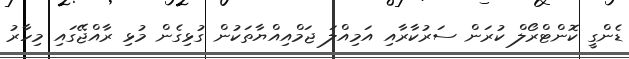
ޑެންގީ ކޮންޓްރޯލް ކުރަން ސަރުކާރާއި އަމިއްލަ ޖަމްއިއްޔާތަކުން ގުޅިގެން މުޅި ރާއްޖޭގައި މިހާރު